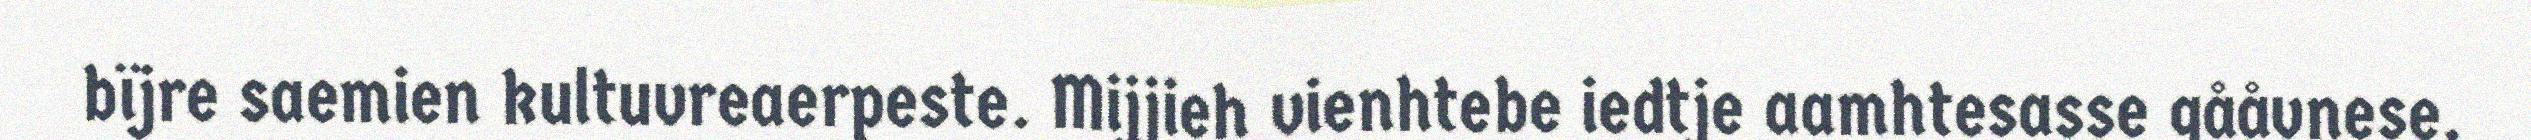
bïjre saemien kultuvreaerpeste. Mijjieh vienhtebe iedtje aamhtesasse gååvnese,